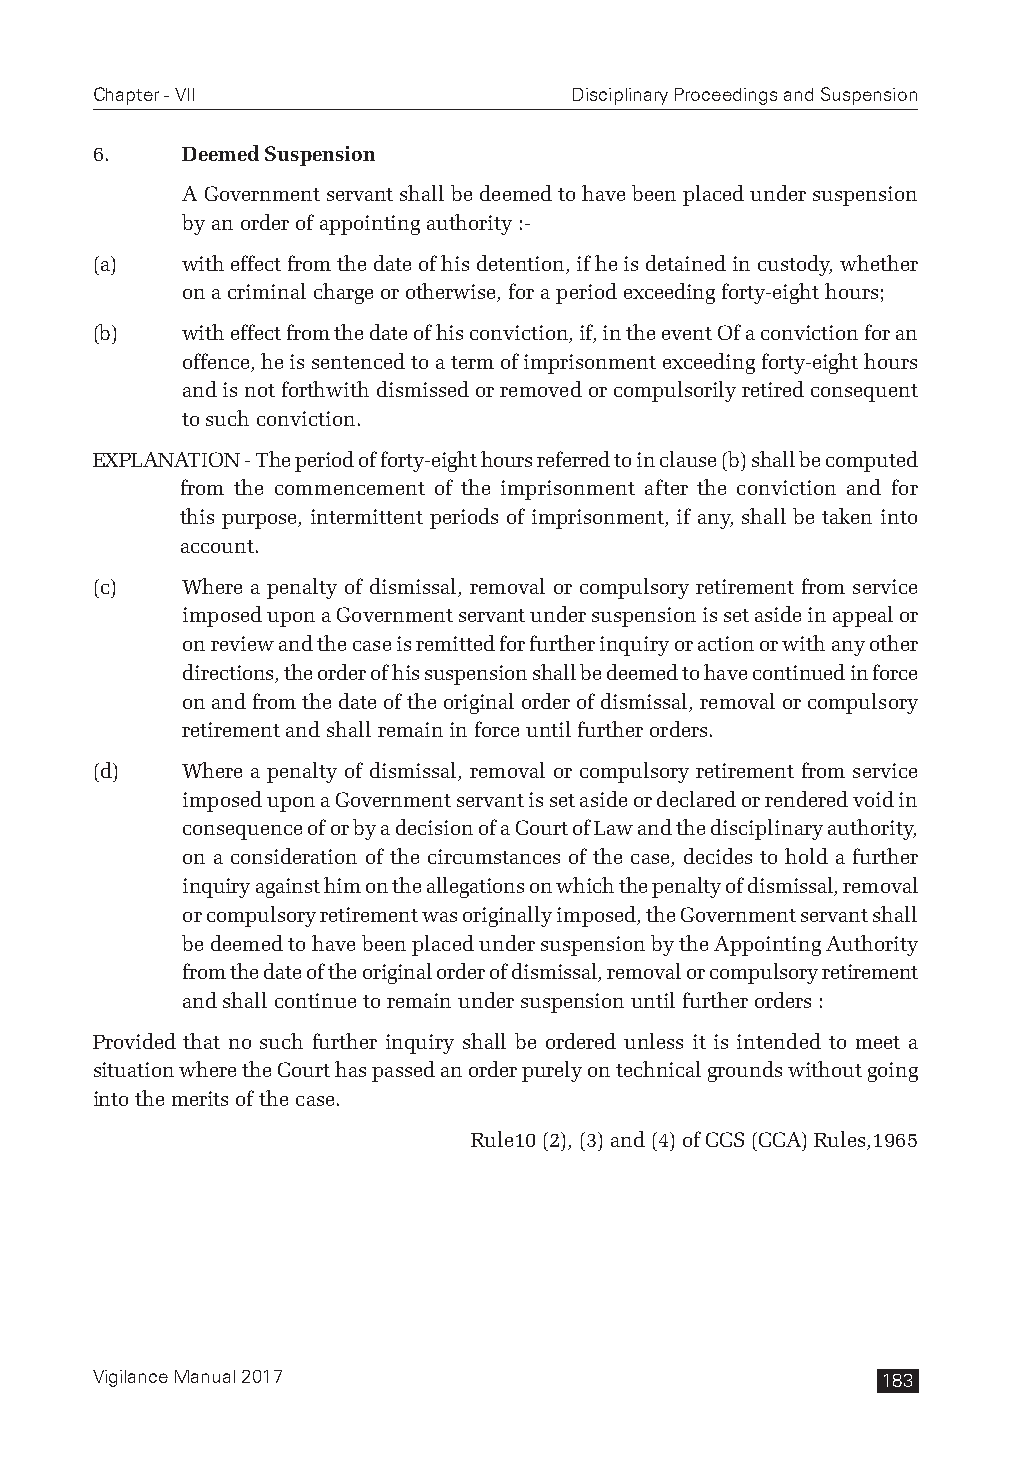
Chapter - VII                   Disciplinary Proceedings and Suspension
 6.    Deemed Suspension
 A Government servant shall be deemed to have been placed under suspension
 by an order of appointing authority :-
 (a)   with effect from the date of his detention, if he is detained in custody, whether
 on a criminal charge or otherwise, for a period exceeding forty-eight hours;
 (b)   with effect from the date of his conviction, if, in the event Of a conviction for an
 offence, he is sentenced to a term of imprisonment exceeding forty-eight hours
 and is not forthwith dismissed or removed or compulsorily retired consequent
 to such conviction.
 EXPLANATION - The period of forty-eight hours referred to in clause (b) shall be computed
 from the commencement of the imprisonment after the conviction and for
 this purpose, intermittent periods of imprisonment, if any, shall be taken into
 account.
 (c)   Where a penalty of dismissal, removal or compulsory retirement from service
 imposed upon a Government servant under suspension is set aside in appeal or
 on review and the case is remitted for further inquiry or action or with any other
 directions, the order of his suspension shall be deemed to have continued in force
 on and from the date of the original order of dismissal, removal or compulsory
 retirement and shall remain in force until further orders.
 (d)   Where a penalty of dismissal, removal or compulsory retirement from service
 imposed upon a Government servant is set aside or declared or rendered void in
 consequence of or by a decision of a Court of Law and the disciplinary authority,
 on a consideration of the circumstances of the case, decides to hold a further
 inquiry against him on the allegations on which the penalty of dismissal, removal
 or compulsory retirement was originally imposed, the Government servant shall
 be deemed to have been placed under suspension by the Appointing Authority
 from the date of the original order of dismissal, removal or compulsory retirement
 and shall continue to remain under suspension until further orders :
 Provided that no such further inquiry shall be ordered unless it is intended to meet a
 situation where the Court has passed an order purely on technical grounds without going
 into the merits of the case.
 Rule10 (2), (3) and (4) of CCS (CCA) Rules,1965
 Vigilance Manual 2017                               183